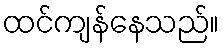
ထင်ကျန်နေသည်။